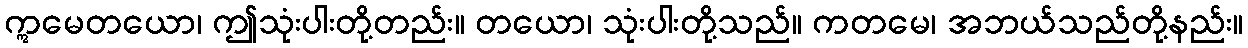
ဣမေတယော၊ ဤသုံးပါးတို့တည်း။ တယော၊ သုံးပါးတို့သည်။ ကတမေ၊ အဘယ်သည်တို့နည်း။